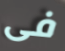
فى